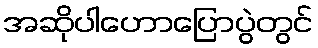
အဆိုပါဟောပြောပွဲတွင်